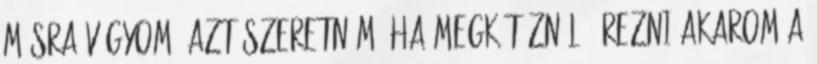
másra vágyom. Azt szeretném, ha megkötöznél, érezni akarom a